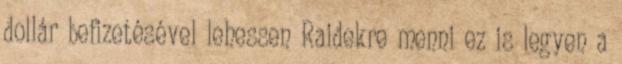
dollár befizetésével lehessen Raidekre menni ez is legyen a